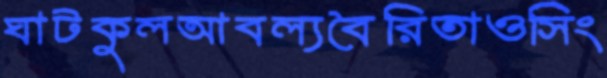
ঘাটকুলআবল্যবৈরিতাওসিং